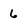
Character: 6